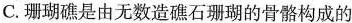
C.珊瑚礁是由无数造礁石珊瑚的骨骼构成的